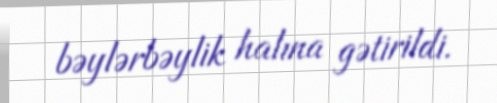
bəylərbəylik halına gətirildi.